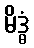
မိဒ္ဓံ